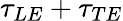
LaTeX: \tau_{LE}+\tau_{TE}